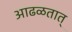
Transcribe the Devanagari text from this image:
आढळतात्